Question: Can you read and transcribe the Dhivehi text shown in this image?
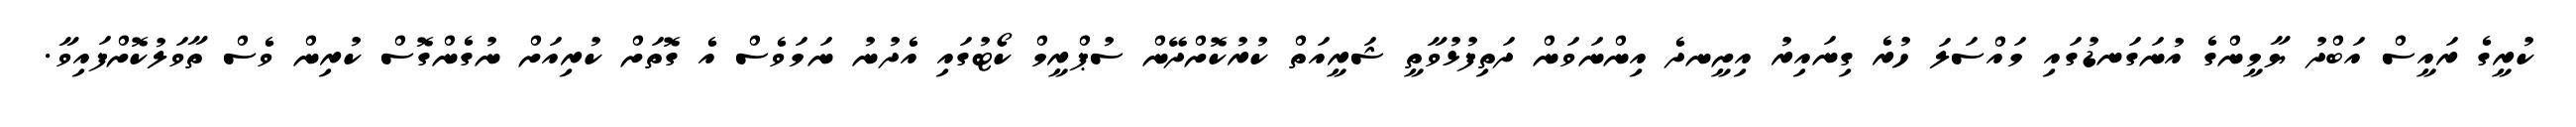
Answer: ކުރީގެ ރައީސް އަބްދު ޔާމީންގެ އުނަގަނޑުގައި މައްސަލަ ހުރެ ގިނައިރު އިށީނދެ އިންނަވަން ދަތިފުޅުވާތީ ޝަރީއަތް ކުރުކޮށްދޭން ސުޕްރީމް ކޯޓުގައި އެދުނު ނަމަވެސް އެ ގޮތަށް ކުރިއަށް ނުގެންގޮސް ކުރިން ވެސް ތާވަލުކޮށްފައިވާ.